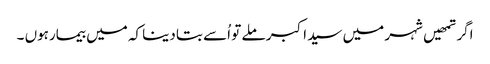
اگر تمھیں شہر میں سید اکبر ملے تو اُسے بتا دینا کہ میں بیمارہوں ۔